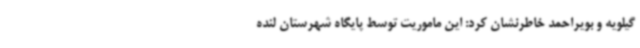
گیلویه و بویراحمد خاطرنشان کرد: این ماموریت توسط پایگاه شهرستان لنده